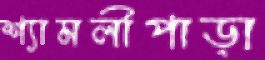
শ্যামলীপাড়া